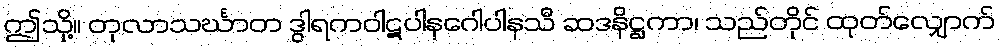
ဤသို့။ တုလာသင်္ဃာတ ဒွါရကဝါဋပါနဂေါပါနသီ ဆဒနိဋ္ဌကာ၊ သည်တိုင် ထုတ်လျှောက်